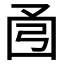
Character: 𫸭